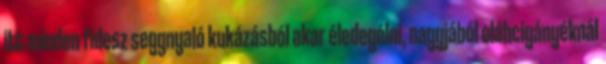
itt minden fidesz seggnyaló kukázásból akar éledegélni, nagyjából oláhcigányéknál